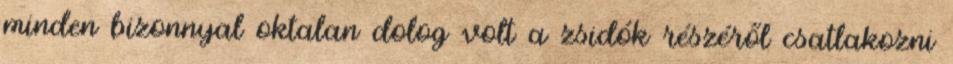
minden bizonnyal oktalan dolog volt a zsidók részéről csatlakozni